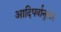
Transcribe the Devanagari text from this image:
आदिपर्वानुसार